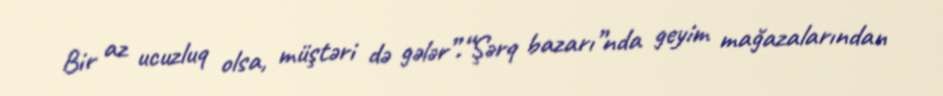
Bir az ucuzluq olsa, müştəri də gələr”.“Şərq bazarı”nda geyim mağazalarından